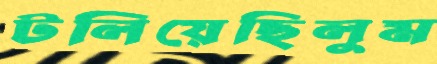
টলিয়েছিলুম